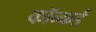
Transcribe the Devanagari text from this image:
कॉन्कर्ड